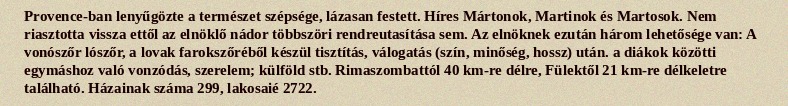
Provence-ban lenyűgözte a természet szépsége, lázasan festett. Híres Mártonok, Martinok és Martosok. Nem riasztotta vissza ettől az elnöklő nádor többszöri rendreutasítása sem. Az elnöknek ezután három lehetősége van: A vonószőr lószőr, a lovak farokszőréből készül tisztítás, válogatás (szín, minőség, hossz) után. a diákok közötti egymáshoz való vonzódás, szerelem; külföld stb. Rimaszombattól 40 km-re délre, Fülektől 21 km-re délkeletre található. Házainak száma 299, lakosaié 2722.